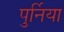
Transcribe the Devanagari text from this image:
पुर्निया